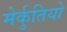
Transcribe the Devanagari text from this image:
मेर्कुतियो